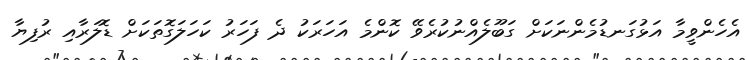
އެހެންވީމާ އަޅުގަނޑުމެންނަކަށް ގަބޫލެއްނުކުރެވޭ ކޮންމެ އަހަރަކު ދެ ފަހަރު ކަހަލަގޮތަކަށް ޑޮލަރާއި ރުފިޔާ